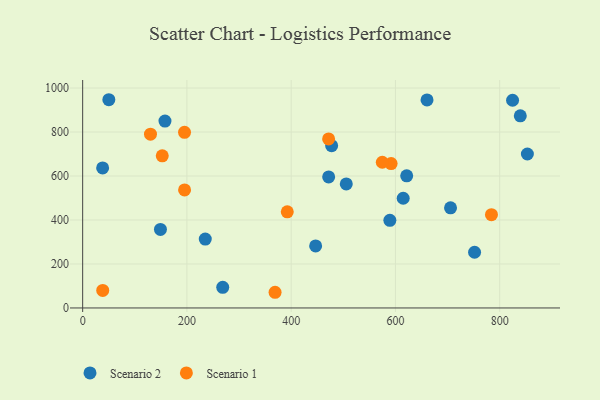
{"axis": {"x": "Distance", "y": "Demand"}, "legend": ["Scenario 1", "Scenario 2"], "data": [{"x": "268.7", "y": 94.0, "type": "Scenario 2"}, {"x": "589.3", "y": 398.6, "type": "Scenario 2"}, {"x": "38.3", "y": 636.8, "type": "Scenario 2"}, {"x": "621.6", "y": 601.0, "type": "Scenario 2"}, {"x": "235.2", "y": 313.2, "type": "Scenario 2"}, {"x": "614.9", "y": 498.9, "type": "Scenario 2"}, {"x": "853.1", "y": 700.1, "type": "Scenario 2"}, {"x": "660.6", "y": 946.0, "type": "Scenario 2"}, {"x": "149.2", "y": 357.2, "type": "Scenario 2"}, {"x": "705.7", "y": 455.5, "type": "Scenario 2"}, {"x": "50.2", "y": 946.8, "type": "Scenario 2"}, {"x": "446.9", "y": 282.1, "type": "Scenario 2"}, {"x": "839.5", "y": 873.4, "type": "Scenario 2"}, {"x": "824.7", "y": 944.5, "type": "Scenario 2"}, {"x": "477.6", "y": 738.0, "type": "Scenario 2"}, {"x": "505.7", "y": 563.9, "type": "Scenario 2"}, {"x": "471.9", "y": 595.9, "type": "Scenario 2"}, {"x": "751.8", "y": 253.4, "type": "Scenario 2"}, {"x": "157.9", "y": 849.6, "type": "Scenario 2"}, {"x": "195.4", "y": 798.7, "type": "Scenario 1"}, {"x": "152.7", "y": 691.9, "type": "Scenario 1"}, {"x": "591.7", "y": 656.3, "type": "Scenario 1"}, {"x": "369.1", "y": 71.3, "type": "Scenario 1"}, {"x": "784.2", "y": 424.1, "type": "Scenario 1"}, {"x": "392.5", "y": 437.3, "type": "Scenario 1"}, {"x": "130.1", "y": 790.1, "type": "Scenario 1"}, {"x": "471.8", "y": 768.4, "type": "Scenario 1"}, {"x": "195.5", "y": 536.8, "type": "Scenario 1"}, {"x": "574.8", "y": 662.5, "type": "Scenario 1"}, {"x": "38.5", "y": 79.8, "type": "Scenario 1"}]}